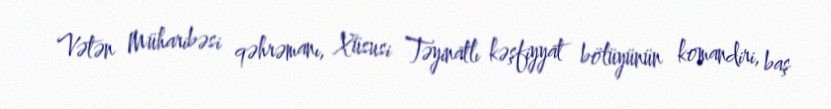
Vətən Müharibəsi qəhrəmanı, Xüsusi Təyinatlı kəşfiyyat bölüyünün komandiri, baş